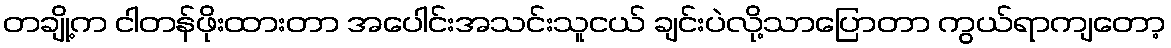
တချို့က ငါတန်ဖိုးထားတာ အပေါင်းအသင်းသူငယ် ချင်းပဲလို့သာပြောတာ ကွယ်ရာကျတော့